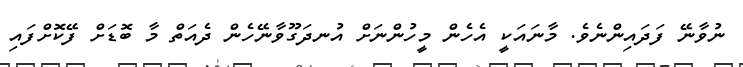
ނުވާނޭ ފަދައިންނެވެ. މާނައަކީ އެހެން މީހުންނަށް އުނދަގޫވާނޭހެން ދެއަތް މާ ބޮޑަށް ފޭކޮށްފައި